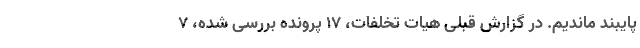
پایبند ماندیم. در گزارش قبلی هیات تخلفات، ۱۷ پرونده بررسی شده، ۷